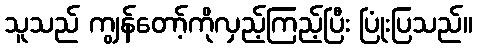
သူသည် ကျွန်တော့်ကိုလှည့်ကြည့်ပြီး ပြုံးပြသည်။